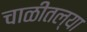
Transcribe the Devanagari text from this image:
चाळीतल्या